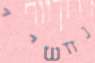
נחשיי